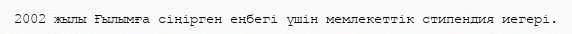
2002 жылы Ғылымға сіңірген еңбегі үшін мемлекеттік стипендия иегері.